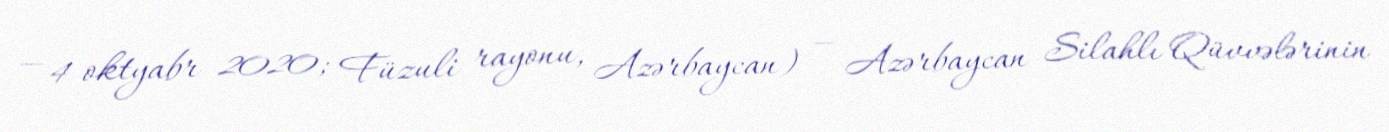
— 4 oktyabr 2020; Füzuli rayonu, Azərbaycan) — Azərbaycan Silahlı Qüvvələrinin